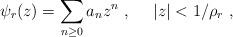
LaTeX: \begin{align*} \psi_{r} (z) = \sum_{n \geq 0} a_{n}z^{n} \ , \ \ \ \ |z| < 1/\rho_{r} \ ,\end{align*}